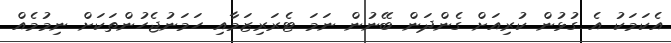
އެކަމަކު އެ ގުޅުން ކުރިއަށް ގެންދަން ބޭނުން ނަމަ ޓެރަރިޒަމާއި ހަމަނުޖެހުންތަކަށް ނިމުމެއް